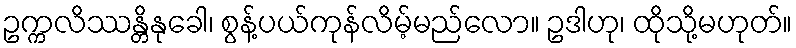
ဥက္ကလိဿန္တိနုခေါ၊ စွန့်ပယ်ကုန်လိမ့်မည်လော။ ဥဒါဟု၊ ထိုသို့မဟုတ်။